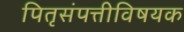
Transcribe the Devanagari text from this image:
पितृसंपत्तीविषयक